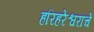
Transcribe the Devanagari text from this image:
हरिहरेश्वराचे